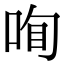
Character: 𠲾